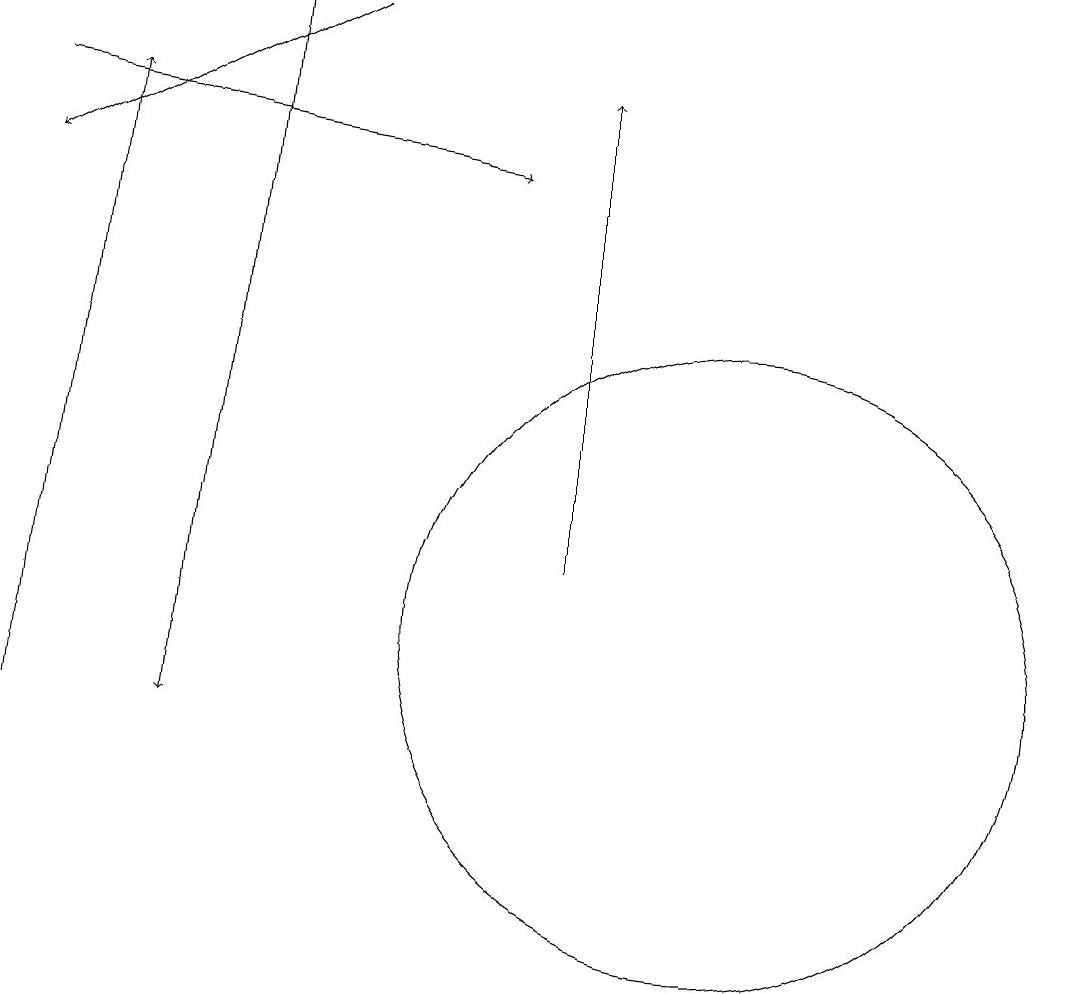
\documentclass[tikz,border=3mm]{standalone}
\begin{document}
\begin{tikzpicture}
\draw[->] (5,19) -- (4,10);
\draw[->] (9,12) -- (9,18);
\draw[->] (2,10) -- (3,18);
\draw[->] (2,18) -- (8,17);
\draw[->] (6,19) -- (2,17);
\draw (11,11) circle (4);
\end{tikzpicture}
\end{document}